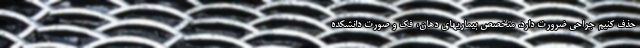
حذف کنیم جراحی ضرورت دارد. متخصص بیماریهای دهان، فک و صورت دانشکده